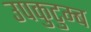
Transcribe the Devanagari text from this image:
उपकुटुम्ब